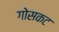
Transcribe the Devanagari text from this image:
गोसकट